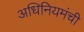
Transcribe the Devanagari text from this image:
अधिनियमंची